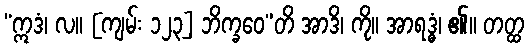
“ဣဒံ၊ လ။ [ကျမ်း ၁၂၃] ဘိက္ခဝေ”တိ အာဒိ၊ ကို။ အာရဒ္ဓံ၊ ၏။ တတ္ထ